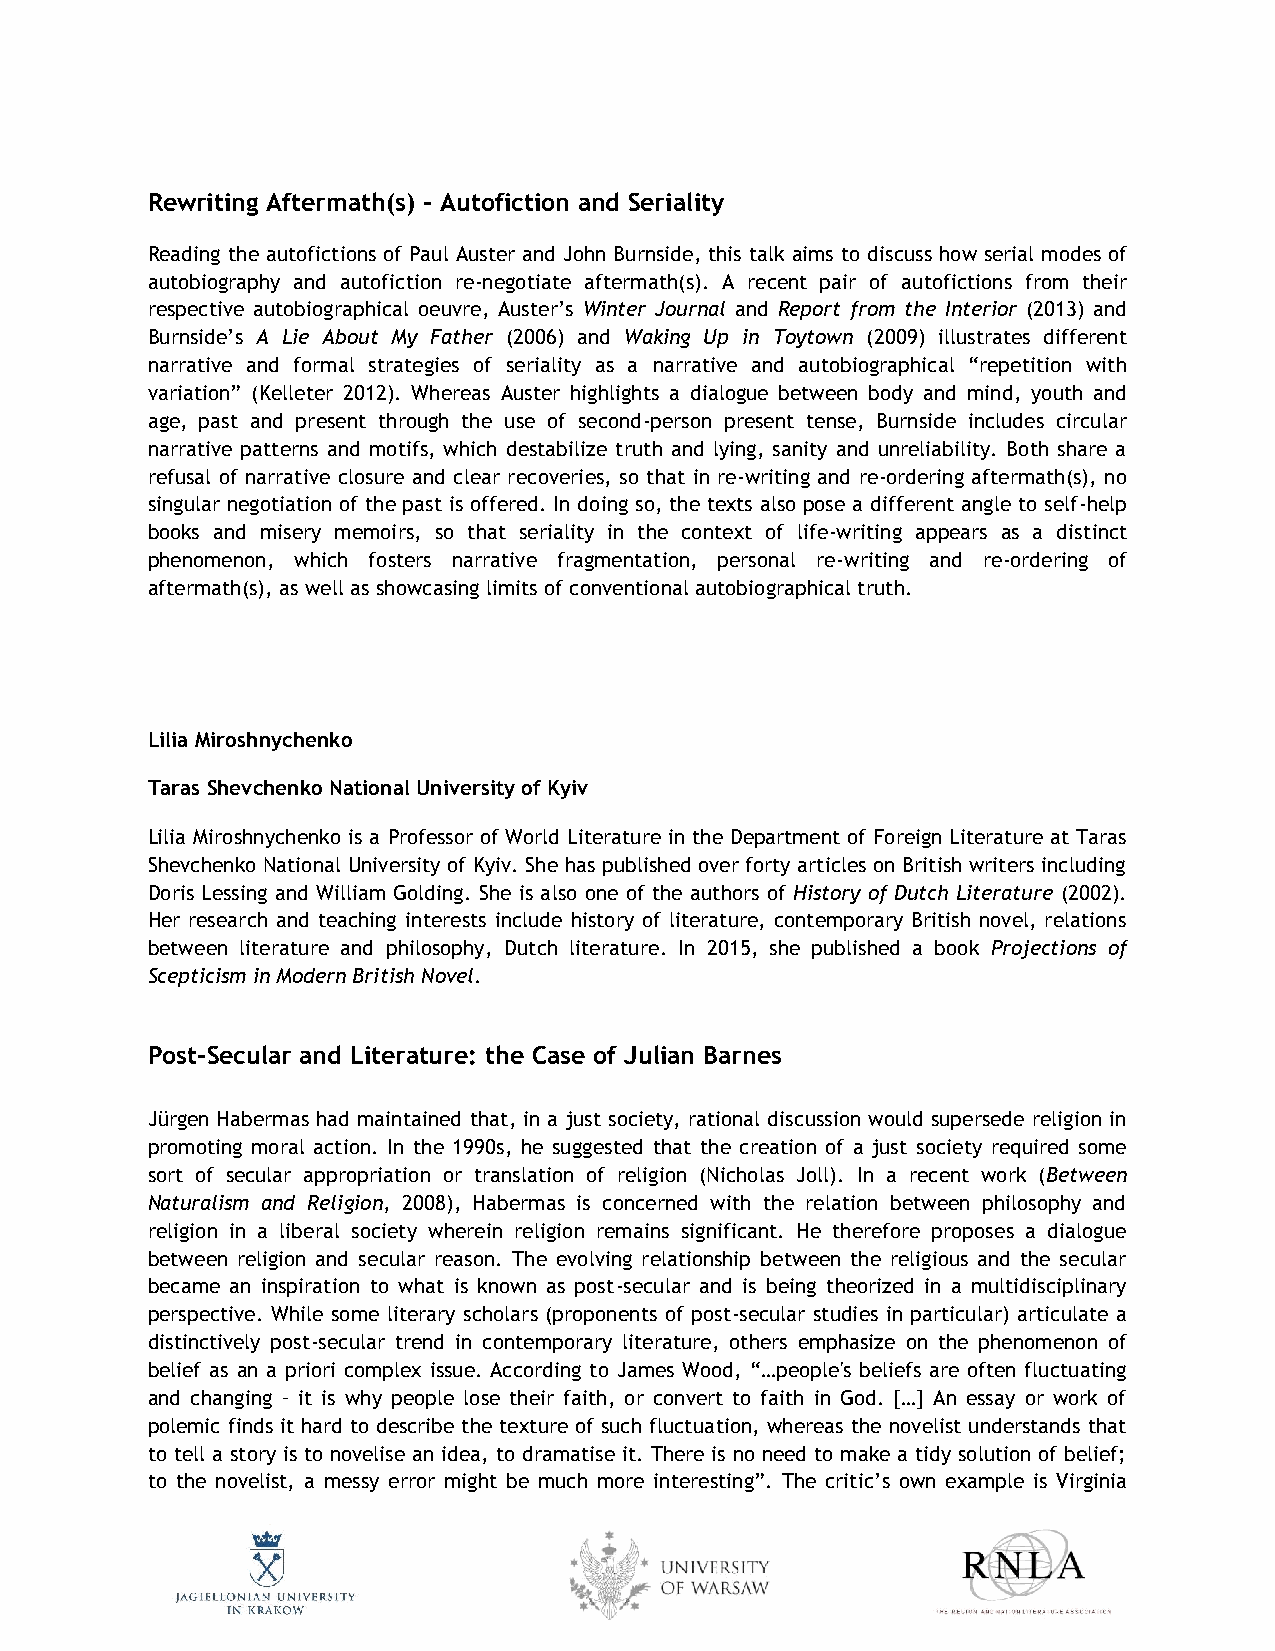
Rewriting Aftermath(s) – Autofiction and Seriality
 Reading the autofictions of Paul Auster and John Burnside, this talk aims to discuss how serial modes of
 autobiography and autofiction re-negotiate aftermath(s). A recent pair of autofictions from their
 respective autobiographical oeuvre, Auster’s Winter Journal and Report from the Interior (2013) and
 Burnside’s A Lie About My Father (2006) and Waking Up in Toytown (2009) illustrates different
 narrative and formal strategies of seriality as a narrative and autobiographical “repetition with
 variation” (Kelleter 2012). Whereas Auster highlights a dialogue between body and mind, youth and
 age, past and present through the use of second-person present tense, Burnside includes circular
 narrative patterns and motifs, which destabilize truth and lying, sanity and unreliability. Both share a
 refusal of narrative closure and clear recoveries, so that in re-writing and re-ordering aftermath(s), no
 singular negotiation of the past is offered. In doing so, the texts also pose a different angle to self-help
 books and misery memoirs, so that seriality in the context of life-writing appears as a distinct
 phenomenon, which fosters narrative fragmentation, personal re-writing and re-ordering of
 aftermath(s), as well as showcasing limits of conventional autobiographical truth.
 Lilia Miroshnychenko
 Taras Shevchenko National University of Kyiv
 Lilia Miroshnychenko is a Professor of World Literature in the Department of Foreign Literature at Taras
 Shevchenko National University of Kyiv. She has published over forty articles on British writers including
 Doris Lessing and William Golding. She is also one of the authors of History of Dutch Literature (2002).
 Her research and teaching interests include history of literature, contemporary British novel, relations
 between literature and philosophy, Dutch literature. In 2015, she published a book Projections of
 Scepticism in Modern British Novel.
 Post-Secular and Literature: the Case of Julian Barnes
 Jürgen Habermas had maintained that, in a just society, rational discussion would supersede religion in
 promoting moral action. In the 1990s, he suggested that the creation of a just society required some
 sort of secular appropriation or translation of religion (Nicholas Joll). In a recent work (Between
 Naturalism and Religion, 2008), Habermas is concerned with the relation between philosophy and
 religion in a liberal society wherein religion remains significant. He therefore proposes a dialogue
 between religion and secular reason. The evolving relationship between the religious and the secular
 became an inspiration to what is known as post-secular and is being theorized in a multidisciplinary
 perspective. While some literary scholars (proponents of post-secular studies in particular) articulate a
 distinctively post-secular trend in contemporary literature, others emphasize on the phenomenon of
 belief as an a priori complex issue. According to James Wood, “…people's beliefs are often fluctuating
 and changing – it is why people lose their faith, or convert to faith in God. […] An essay or work of
 polemic finds it hard to describe the texture of such fluctuation, whereas the novelist understands that
 to tell a story is to novelise an idea, to dramatise it. There is no need to make a tidy solution of belief;
 to the novelist, a messy error might be much more interesting”. The critic’s own example is Virginia